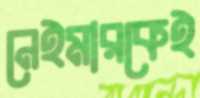
নেইমারকেই